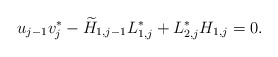
\begin{align*} u_{j-1} v_j^* - \widetilde H_{1,j-1}L_{1,j}^* +L_{2,j}^*H_{1,j} = 0. \end{align*}